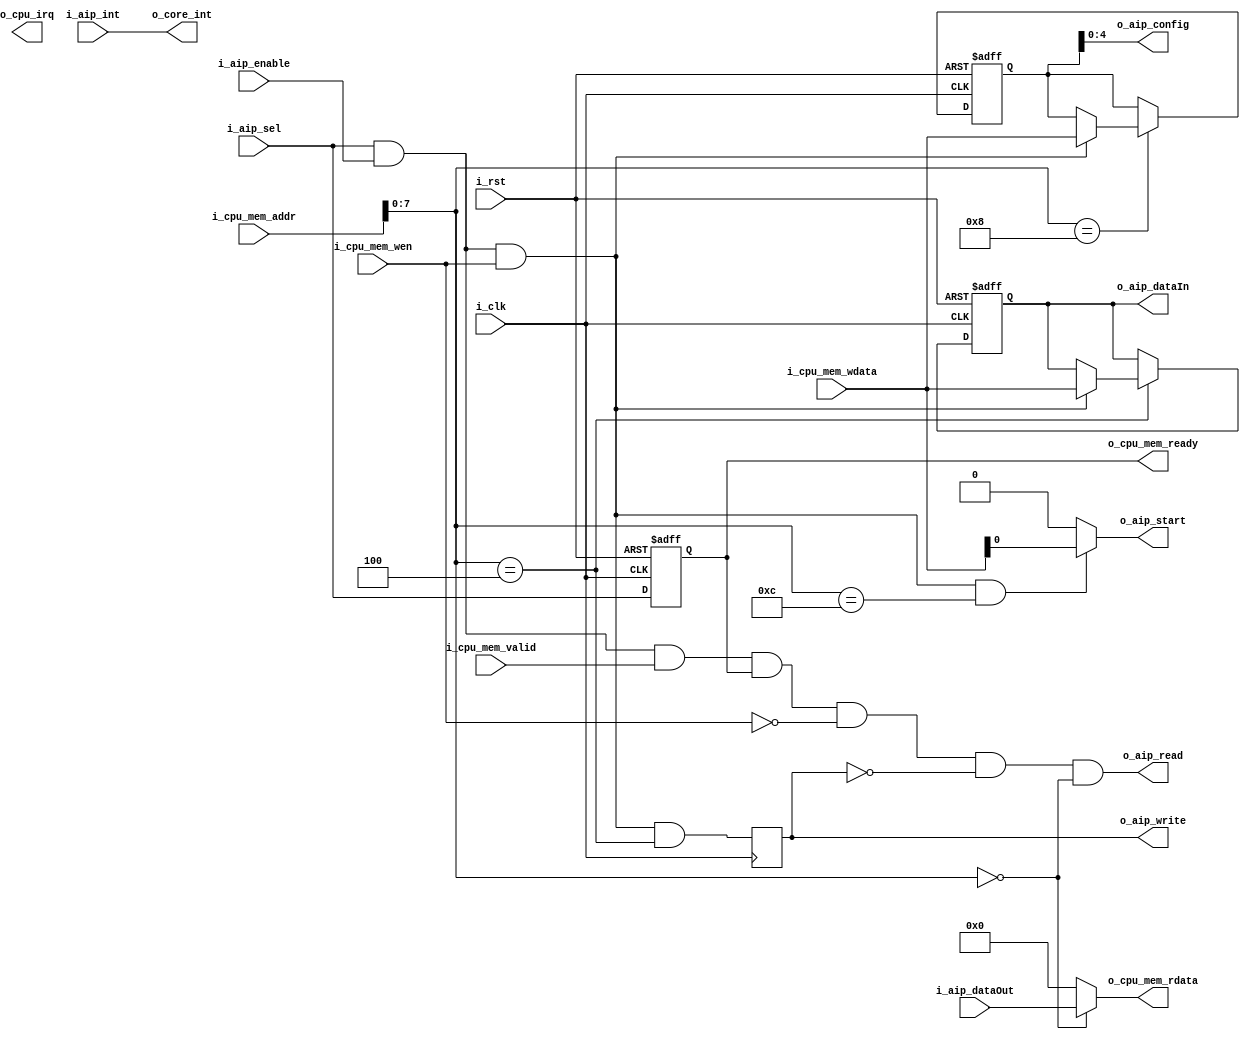
module native_aip (
    input i_clk,
    input i_rst,

    input          i_cpu_mem_valid,
    input  [31:0]  i_cpu_mem_addr,
    input  [31:0]  i_cpu_mem_wdata,
    input  	   i_cpu_mem_wen,
        
    output reg  [31:0]  o_cpu_mem_rdata,
    output reg         o_cpu_mem_ready,
    output         o_cpu_irq,

    // aip interface
    input           i_aip_sel,
    input           i_aip_enable,
    input  [31:0]   i_aip_dataOut,
    output [31:0]   o_aip_dataIn,
    output [4:0]    o_aip_config,
    output reg 	    o_aip_read,
    output reg 	    o_aip_write,
    output 	    o_aip_start,
    input           i_aip_int,

    output          o_core_int
);


    wire [31:0] reg0; // aipDataOut
    reg [31:0] reg4; // aipDataIn
    reg [31:0] reg8; // aipConfig
    reg [31:0] reg12;
    reg start_w;
    wire busCtrl_askWrite;
    wire busCtrl_askRead;
    wire busCtrl_doWrite;
    wire busCtrl_doRead;

    assign o_aip_dataIn = reg4;
    assign o_aip_config = reg8;
    assign o_aip_start = start_w;
    assign o_core_int = i_aip_int;

    assign reg0 = i_aip_dataOut;

    always @ (*) begin
        o_cpu_mem_rdata = 32'h0;

        case(i_cpu_mem_addr[7:0])
            8'b00001100 : begin
            end
            8'b00001000 : begin
            end
            8'b00000100 : begin
            end
            8'b00000000 : begin
                o_cpu_mem_rdata = reg0;
            end
            default : begin
            end
        endcase
    end

    assign busCtrl_askWrite = ((i_aip_sel && i_aip_enable) && (i_cpu_mem_wen));
    assign busCtrl_askRead = ((i_aip_sel && i_aip_enable) && (! ((i_cpu_mem_wen))));
    assign busCtrl_doWrite = (((i_aip_sel && i_aip_enable) ) && (i_cpu_mem_wen));
    assign busCtrl_doRead = (((i_aip_sel && i_aip_enable && i_cpu_mem_valid && o_cpu_mem_ready) ) && (! ((i_cpu_mem_wen))) && (!o_aip_write));

    always @ (posedge i_clk or negedge i_rst) begin
        if (!i_rst) begin
            reg4 <= 32'h0;
            reg8 <= 32'h0;
            reg12 <= 32'h0;
	    o_cpu_mem_ready <= 1'b0;
        end
        else begin
	    o_cpu_mem_ready <= i_aip_sel;

            case(i_cpu_mem_addr[7:0])
                8'b00001100 : begin
                    if(busCtrl_doWrite)begin
                        reg12 <= i_cpu_mem_wdata[31:0];
                    end
                end
                8'b00001000 : begin
                    if(busCtrl_doWrite)begin
                        reg8 <= i_cpu_mem_wdata[31:0];
                    end
                end
                8'b00000100 : begin
                    if(busCtrl_doWrite)begin
                        reg4 <= i_cpu_mem_wdata[31:0];
                    end
                end
                8'b00000000 : begin
                end
                default : begin
                end
            endcase
        end
    end

    // Buffer
    // Write and read should be filtered out
    // when no write_data, write_conf or read_data are issued
    always @(*) begin
        o_aip_read <= busCtrl_doRead && ( i_cpu_mem_addr[7:0] == 8'b00000000);
        if (busCtrl_doWrite && (i_cpu_mem_addr[7:0] == 8'b00001100)) start_w <= i_cpu_mem_wdata[0];
        else start_w <= 1'b0;
    end

    always @(posedge i_clk) begin
        o_aip_write <= busCtrl_doWrite && ( i_cpu_mem_addr[7:0] == 8'b00000100);
    end

endmodule